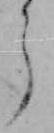
ら